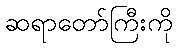
ဆရာတော်ကြီးကို